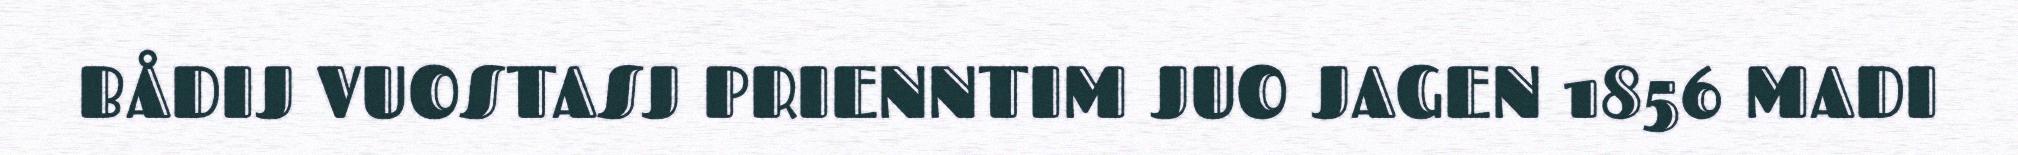
BÅDIJ VUOSTASJ PRIENNTIM JUO JAGEN 1856 MADI